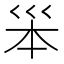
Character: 𡿶